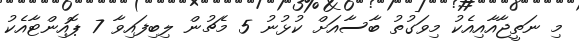
މި ނަތީޖާއާއިއެކު މިވަގުތު ބާސާއަށް ކުޅުނު 5 މެޗުން ލިިބިފައިވާ 7 ޕޮއިންޓާއެކު